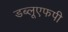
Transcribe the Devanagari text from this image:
डब्लूएफपी